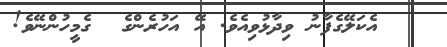
އެކަލޭގެފާނު ވިދާޅުވިއެވެ. އޭ އަހުރެންގެ  ގެމީހުންނޭވެ!